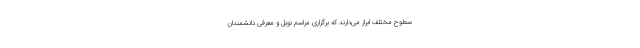
سطوح مختلف ابراز می‌دارند که برگزاری مراسم نوبل و معرفی دانشمندان